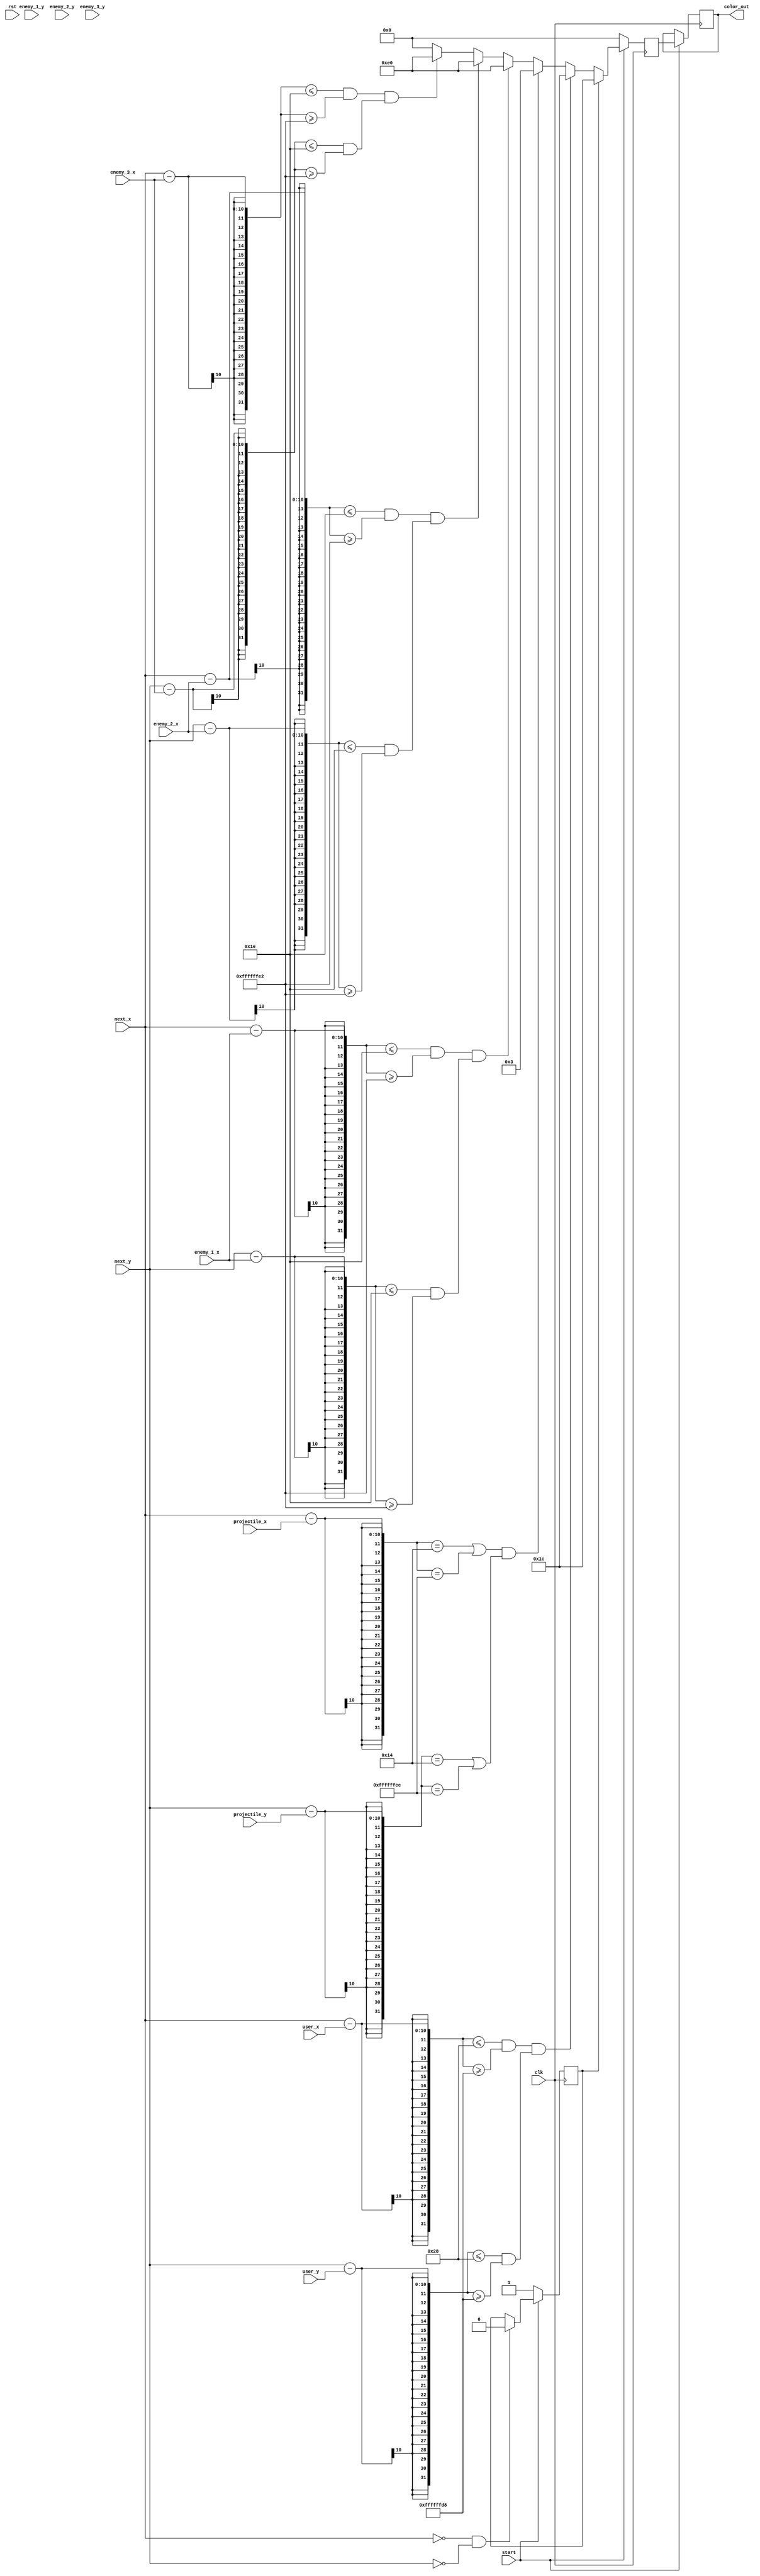
module draw_logic(
	input clk,
	input rst,
	input start,
	input [7:0] user_x,
	input [6:0] user_y,
	
	input [7:0] enemy_1_x, 
	input [7:0] enemy_2_x, 
	input [7:0] enemy_3_x,
	
	input [7:0] enemy_1_y, 
	input [7:0] enemy_2_y, 
	input [7:0] enemy_3_y,
	
	input [7:0] projectile_x,
	input [7:0] projectile_y,
	
	input [9:0] next_x,
	input [9:0] next_y,
	
	output reg [7:0]color_out
	);
	
	wire [7:0] black = 8'b00000000;
	wire [7:0] red   = 8'b11100000;
	wire [7:0] blue  = 8'b00000011;
	wire [7:0] green = 8'b00011100;
	
	reg [7:0] next_color = 8'b00000000;
	reg clear = 1'b0;
	
	//resolution 640x480
	always@(posedge clk)
	begin
		if (start == 1'b0)
		begin
			next_color <= black;
			clear <= 1'b1;
		end
		else
		begin
			//due to vga we only know the next pixel to be drawn
			color_out <= next_color;
			
			//set initial screen to black
			if (clear == 1'b1)
			begin
				next_color <= green;
			end
			
			//draw player (circle)
			else if ((next_x - user_x <= 40 && next_x - user_x >= -40) && 
						(next_y - user_y <= 40 && next_y - user_y >= -40))
			begin
				next_color <= green;
			end
			
			//draw projectile (ring)
			else if ((next_x - projectile_x == 20 || next_x - projectile_x == -20) && 
						(next_y - projectile_y == 20 || next_y - projectile_y == -20))
			begin
				next_color <= blue;
			end
			
			//draw enemy1 (circle)
			else if ((next_x - enemy_1_x <= 30 && next_x - enemy_1_x >= -30) && 
						(next_y - enemy_1_x <= 30 && next_y - enemy_1_x >= -30))
			begin
				next_color <= red;
			end
			
			//draw enemy2 (circle)
			else if ((next_x - enemy_2_x <= 30 && next_x - enemy_2_x >= -30) && 
						(next_y - enemy_2_x <= 30 && next_y - enemy_2_x >= -30))
			begin
				next_color <= red;
			end
			
			//draw enemy3 (circle)
			else if ((next_x - enemy_3_x <= 30 && next_x - enemy_3_x >= -30) && 
						(next_y - enemy_3_x <= 30 && next_y - enemy_3_x >= -30))
			begin
				next_color <= red;
			end
			
			//draw blank spaces as black
			else
			begin
				next_color <= black;
			end
			
			
			//when clear is done with the first frame turn off
			if (next_x == 10'd0 && next_y == 10'd0)
			begin
				clear <= 1'b0;
			end
		end
	end
	
endmodule